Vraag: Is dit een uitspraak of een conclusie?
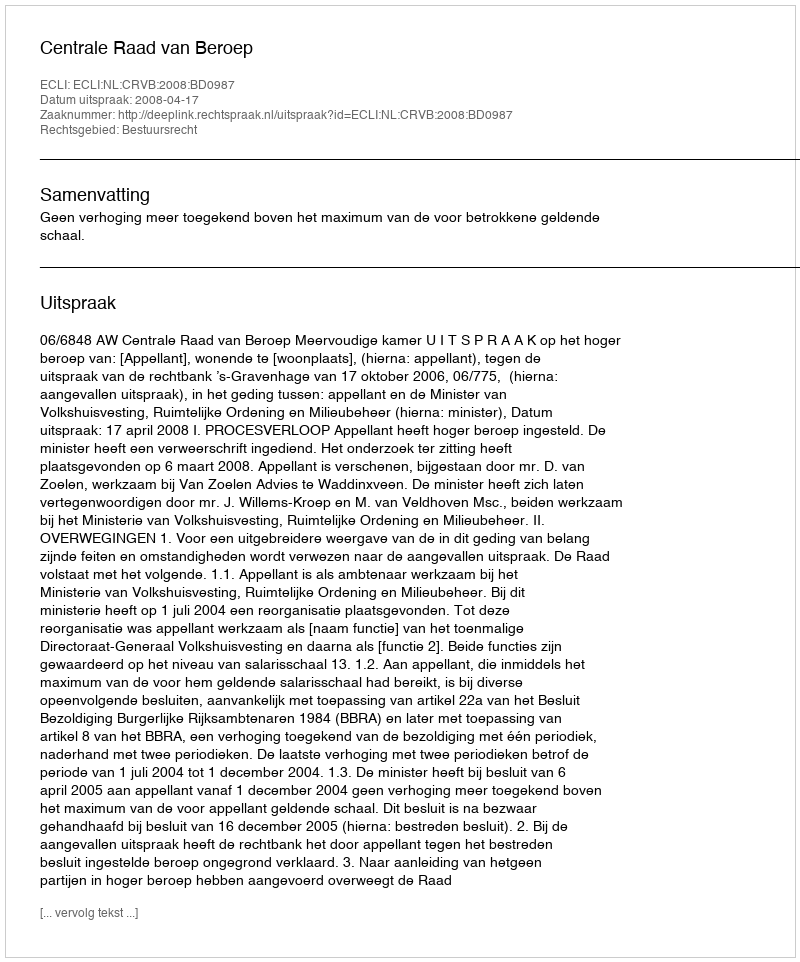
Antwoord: Uitspraak